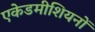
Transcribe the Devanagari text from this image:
एकेडमीशियनों